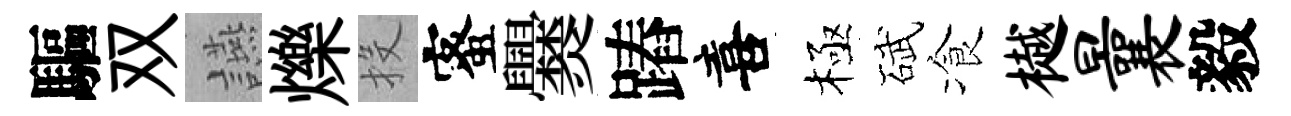
驅双讌爍投蜜爨蹖喜極碔飡樾曩毅